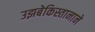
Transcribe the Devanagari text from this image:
उझबेकिस्तानाने